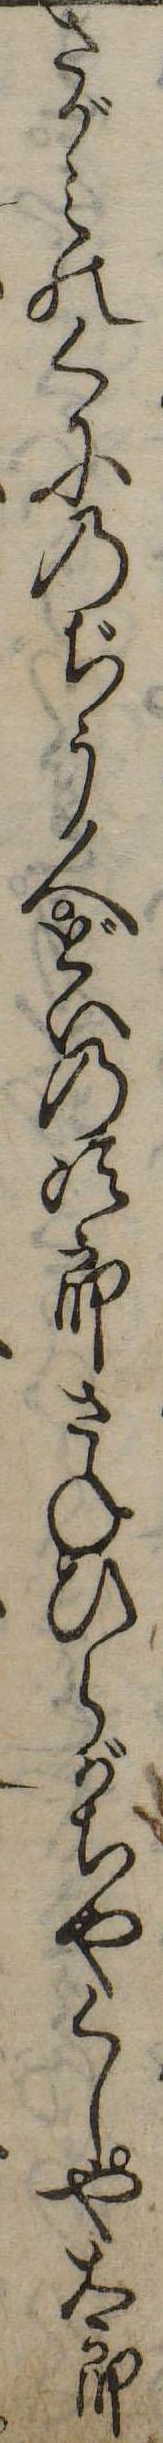
さがみのくにのぢう人どいの次郎さねひらがちやくしや太郎